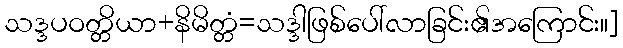
သဒ္ဒပဝတ္တိယာ+နိမိတ္တံ=သဒ္ဒါဖြစ်ပေါ်လာခြင်း၏အကြောင်း။]